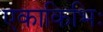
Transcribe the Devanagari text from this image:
एकाकिभिः